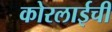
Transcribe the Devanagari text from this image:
कोरलाईची